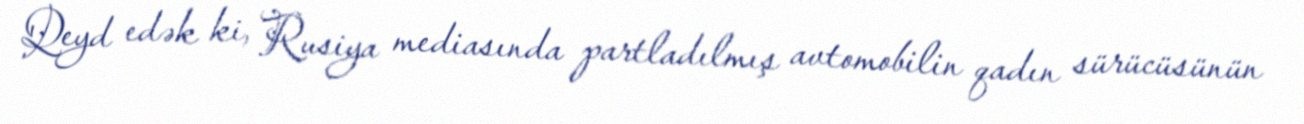
Qeyd edək ki, Rusiya mediasında partladılmış avtomobilin qadın sürücüsünün